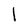
Character: l